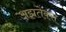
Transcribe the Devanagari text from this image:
अझतेक्स